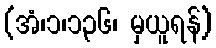
(အံ၊၁၊၁၃၆၊ မှယူရန်)